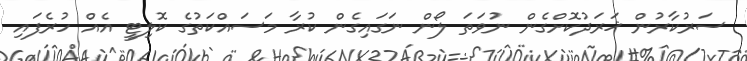
ސަރުކާރުން ޚަރަދުކޮށްގެން ނުވަތަ ލޯން ނަގައިގެން ކުރާ މަސައްކަތުގެ ކޮލިޓީ އެއް ހުރެފައި